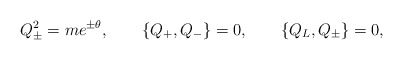
\begin{align*}Q_{\pm}^2 = me^{\pm \theta}, \quad \quad \{Q_+, Q_-\} = 0, \quad \quad \{Q_L, Q_{\pm}\} = 0, \end{align*}